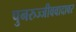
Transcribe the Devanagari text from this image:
पुनरुज्जीववादावर